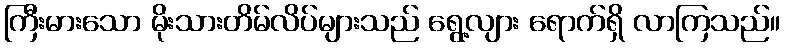
ကြီးမားသော မိုးသားတိမ်လိပ်များသည် ရွေ့လျား ရောက်ရှိ လာကြသည်။